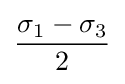
{\frac {\sigma _{1}-\sigma _{3}}{2}}